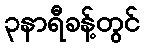
၃နာရီခန့်တွင်